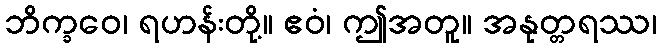
ဘိက္ခဝေ၊ ရဟန်းတို့။ ဧဝံ၊ ဤအတူ။ အနုတ္တရဿ၊